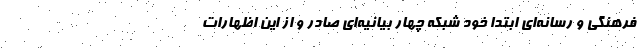
فرهنگی و رسانه‌ای ابتدا خود شبکه چهار بیانیه‌ای صادر و از این اظهارات